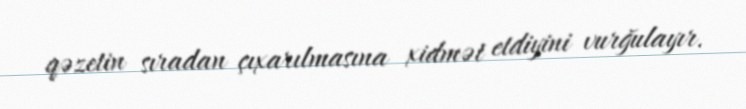
qəzetin sıradan çıxarılmasına xidmət etdiyini vurğulayır.